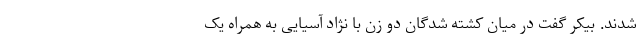
شدند. بیکر گفت در میان کشته شدگان دو زن با نژاد آسیایی به همراه یک